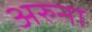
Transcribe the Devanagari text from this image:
अरुना